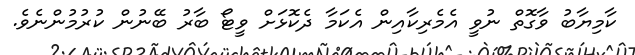
ކާމިޔާބު ވާގޮތް ނުވީ އެމެރިކާއިން އެކަމާ ދެކޮޅަށް ވީޓޯ ބާރު ބޭނުން ކުރުމުންނެވެ.